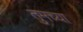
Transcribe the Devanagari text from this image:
तुमच्‍या